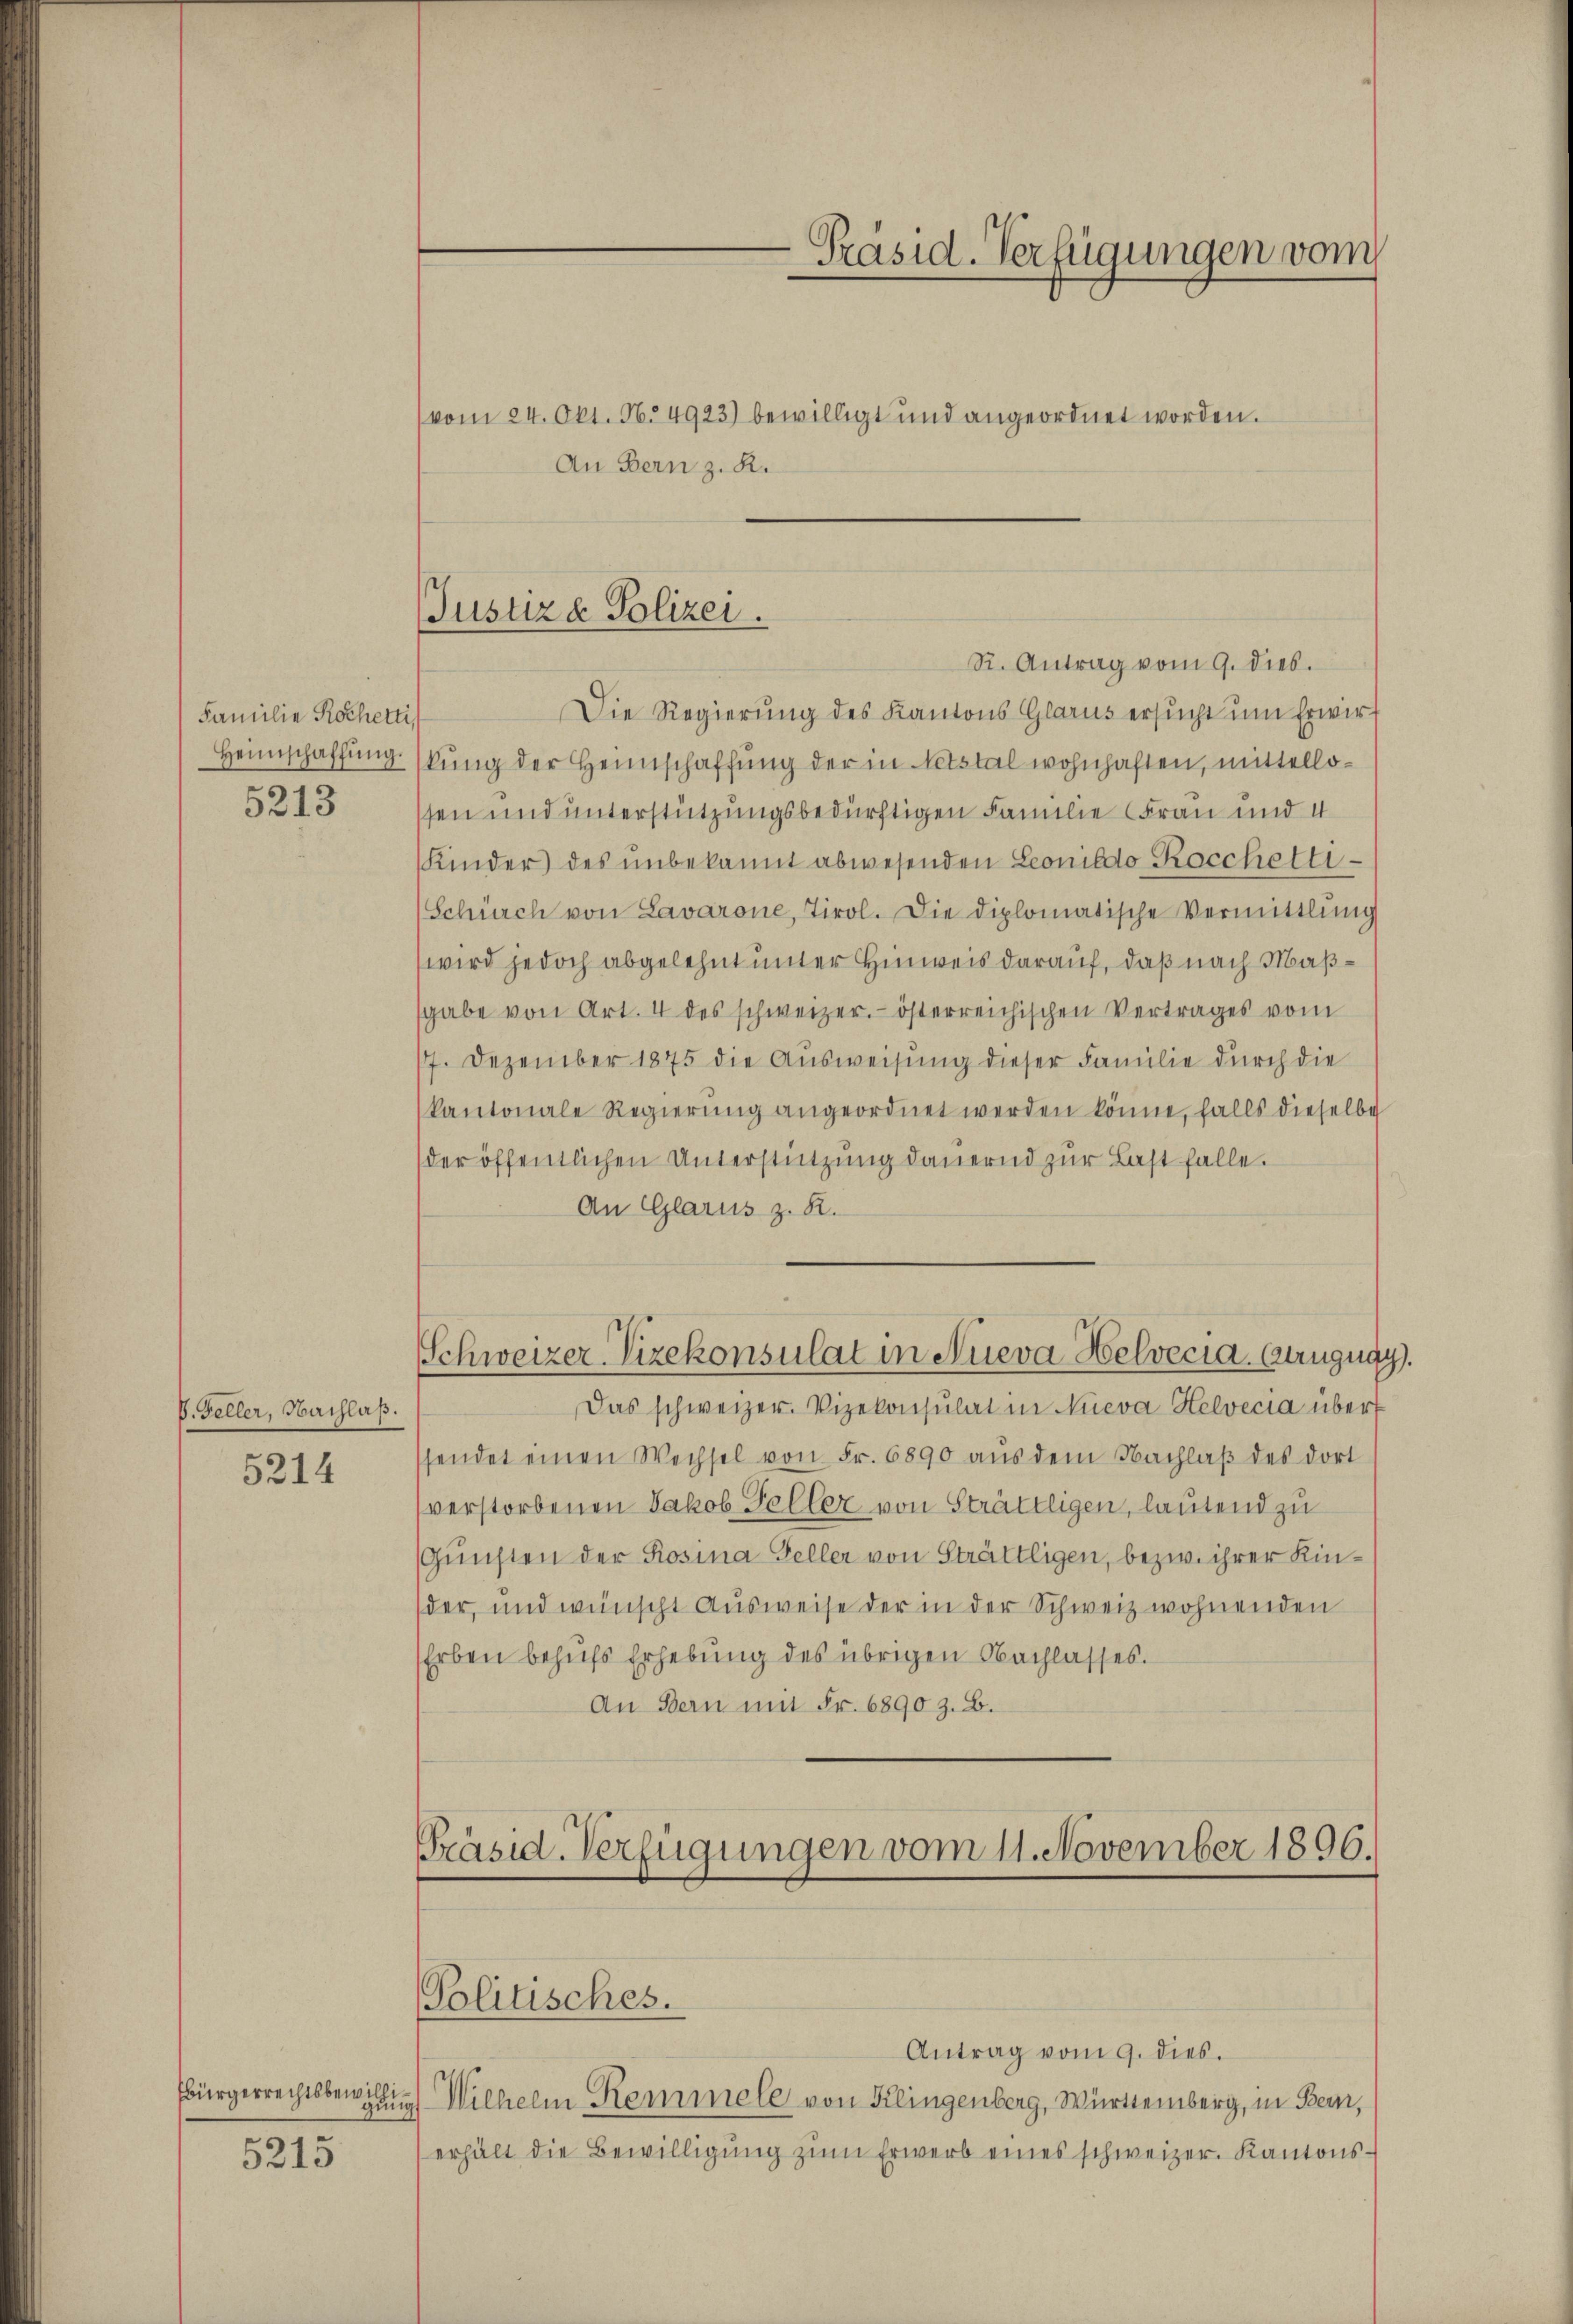
Familie Kochetti
Heimschaffŭng.

5213

V. Geller, Nachlaß.

5214

Ebürgerrechtsbewillig

5215

(Justiz & Polizei.

An Bern z. R.

Die Regierung des Kantons Glarus ersucht um Erwirkung der Heimschaffung der in Notstal wohnhaften, mittellossen und unterstützungsbedürftigen Familie Frau und 4
Kinder) des unbekannt abwesenden Leonildo-Rocchetti.
Schürch von Lavarone, Tirol. Die diplomatische Vermittlung
wird jedoch abgelehnt unter Hinweis darauf, daß nach Maßsgabe von Art. 4 des schweizer. österreichischen Vertrages vom
77. Dezember 1875 die Ausweisung dieser Familie durch die
kantonale Regierŭng angeordnet werden könne, falls dieselbe
der öffentlichen Unterstützŭng dauernd zŭr Last falle.
An Glarus z. R.
Schweizer Vizekonsulat in Nieva Helvecia. Anzug
Das schweizer. Vizekonsulat in Nieva Helvecia über
ssendet einen Wechsel von Fr. 6890 aŭs dem Nachlaβ des dort
verstorbenen Jakob Toller von Strättligen, lautend zu
Günsten der Rosina Geller von Strättligen, bezw. ihrer Kinder, und wünscht Ausweise der in der Schweiz wohnenden
Erben behufs Erhebung des übrigen Nachlasses.
An Bern mit Fr. 6890 z. B.

Präsid. Verfügungen vom
vom 24. Okt. 16. 4923) bewilligt und angeordnet worden.

R. Antrag vom 9. dieb.

Präsid. Verfügungen vom 11. November 1896.
Politisches.

Antrag vom 9. dies.
Wilhelm Remmele von Klingenberg, Württemberg, in Bern,
erhält die Bewilligŭng zŭm Erwerb eines schweizer. Kantons-

.